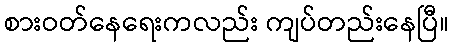
စားဝတ်နေရေးကလည်း ကျပ်တည်းနေပြီ။